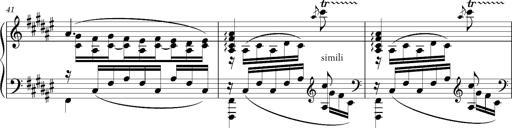
Title: Schlummerlied mit Arabesken
Composer: Franz Liszt
Key: F-sharp major